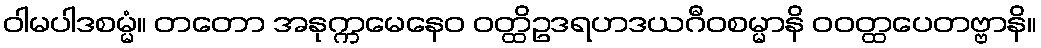
ဝါမပါဒစမ္မံ။ တတော အနုက္ကမေနေဝ ဝတ္ထိဥဒရဟဒယဂီဝစမ္မာနိ ဝဝတ္ထပေတဗ္ဗာနိ။